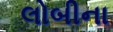
લોબીના